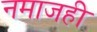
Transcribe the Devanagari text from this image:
नमाजही